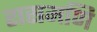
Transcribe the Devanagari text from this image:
रासमणि